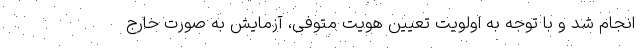
انجام شد و با توجه به اولویت تعیین هویت متوفی، آزمایش به صورت خارج